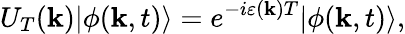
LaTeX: U_{T}(\mathbf{k})|\phi(\mathbf{k},t)\rangle=e^{-i\varepsilon(\mathbf{k})T}|\phi(\mathbf{k},t)\rangle,